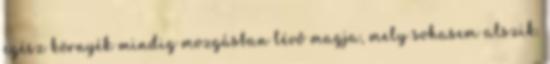
egész környék mindig mozgásban lévő magja, mely sohasem alszik.